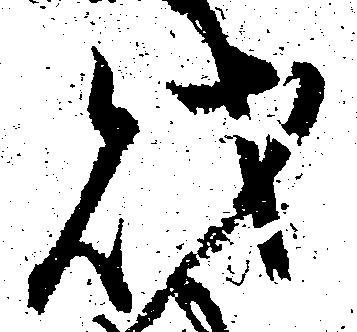
財